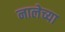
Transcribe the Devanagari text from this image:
नालेच्या